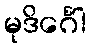
မုဒိင်္ဂေါ